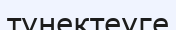
түнектеуге